Report of the Imperial Institute of Veterinary Research, Muktesar
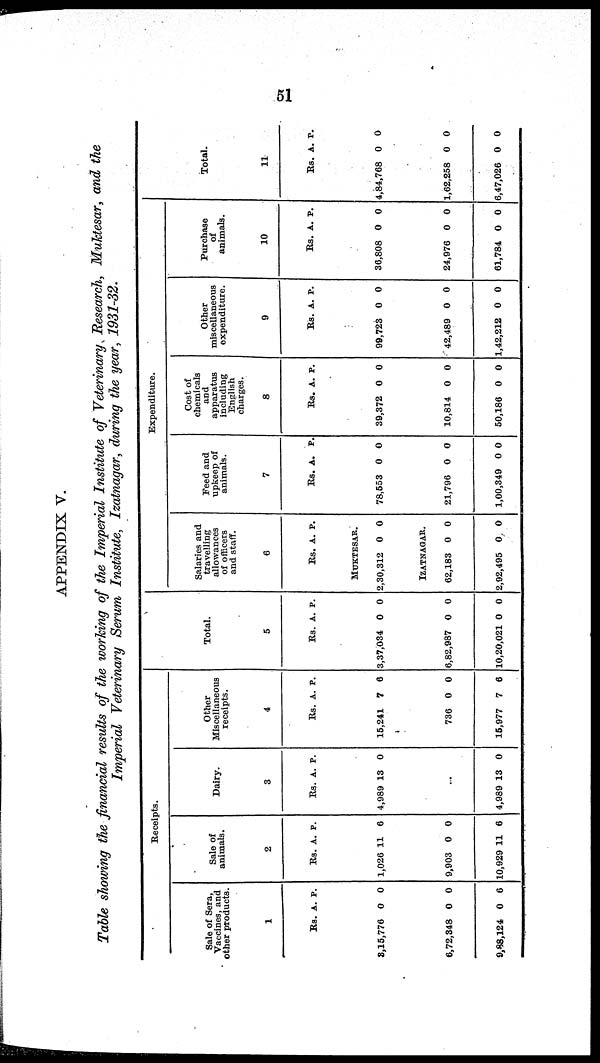
51
APPENDIX V.
Table showing the financial results of the working of the Imperial Institute of Veterinary Research, Muktesar, and the
Imperial Veterinary Serum Institute, Izatnagar, during the year, 1931-32.
Sale of Sera,
Vaccines, and other
products.
1
Rs.
3,15,776
6,72,348
9,88,124
A.
0
0
0
P.
0
0
6
Re
ceipts.
Sale of animals.
2
Rs.
1,026
9,903
10,929
A.
11
0
11
P.
6
0
6
Dairy.
3
Rs.
4,989
4,989
A.
13
13
P.
0
0
Other Miscellaneous
receipts.
4
Rs.
15,241
736
15,977
A.
7
0
7
P.
6
0
6
Total.
5
Rs.
3,37,034
6,82,987
10,20,021
A.
0
0
0
P.
0
0
0
Salaries and travelling
allowances
of officers
and staff.
6
Rs.
MUKTESAR.
2,30,312
IZATNAGAR.
62,183
2,92,495
A.
0
0
0
P.
0
0
0
Feed and upkeep
of animals.
7
Rs.
78,553
21,796
1,00,349
A.
0
0
0
P.
0
0
0
Expenditure.
Cost of chemicals
and
apparatus including
English charges.
8
Rs.
39,372
10,814
50,186
A.
0
0
0
P.
0
0
0
Other miscellaneous
expenditure
9
Rs.
99,723
42,489
1,42,212
A.
0
0
0
P.
0
0
0
Purchase
of
animals.
10
Rs.
36,808
24,976
61,784
A.
0
0
0
P.
0
0
0
Total.
11
Rs.
4,84,768
1,62,258
6,47,026
A.
0
0
0
P.
0
0
0